65_HS1-834228961_62-HQ-83894_SUB_A
Agency: FBI
Page 11
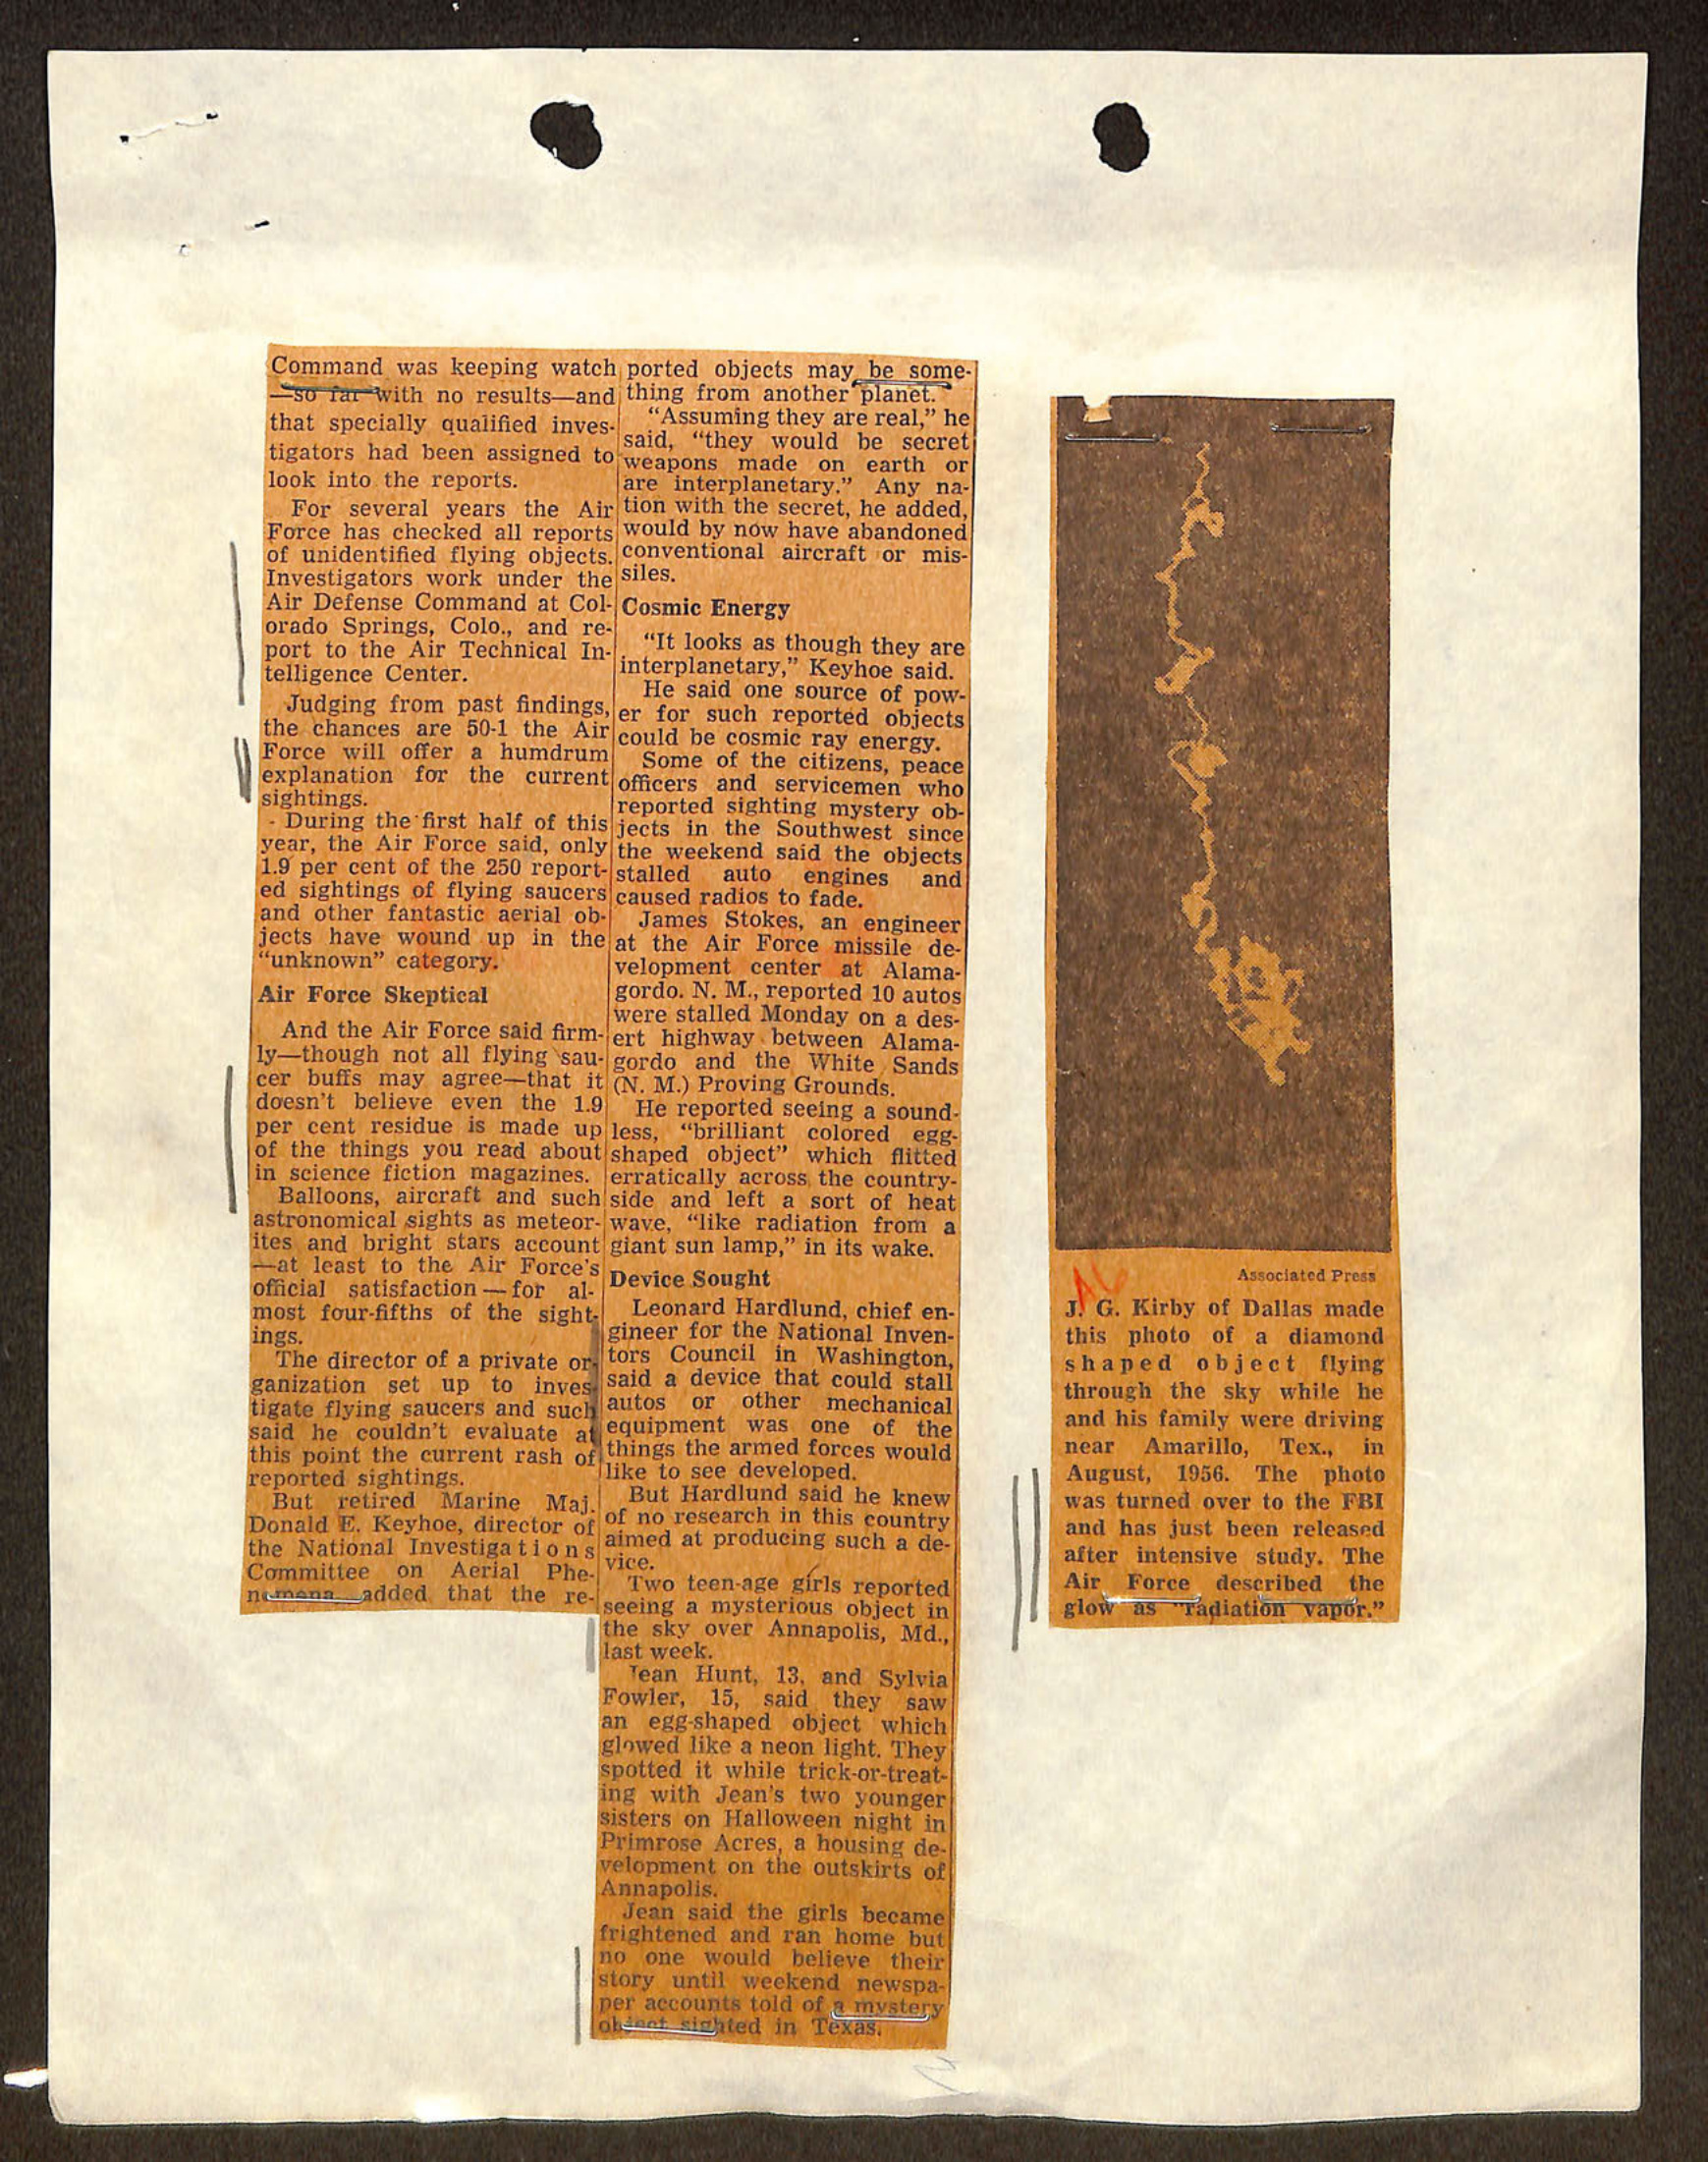